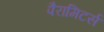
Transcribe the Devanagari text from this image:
पैरामिटर्स